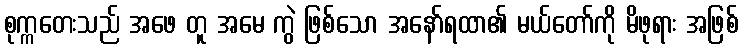
စုက္ကတေးသည် အဖေ တူ အမေ ကွဲ ဖြစ်သော အနော်ရထာ၏ မယ်တော်ကို မိဖုရား အဖြစ်